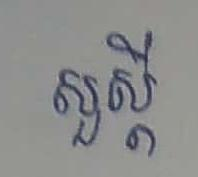
សួស្ដី